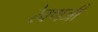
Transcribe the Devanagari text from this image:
रेवणजी